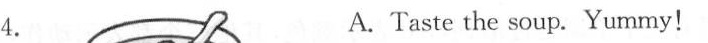
4. A.Taste the soup.Yummy!